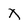
Character: X